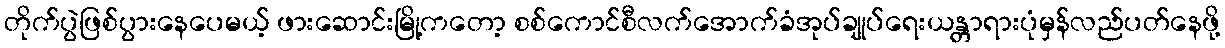
တိုက်ပွဲဖြစ်ပွားနေပေမယ့် ဖားဆောင်းမြို့ကတော့ စစ်ကောင်စီလက်အောက်ခံအုပ်ချုပ်ရေးယန္တာရားပုံမှန်လည်ပတ်နေဖို့